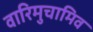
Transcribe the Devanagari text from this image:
वारिमुचामिव